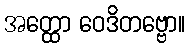
အတ္ထော ဝေဒိတဗ္ဗော။